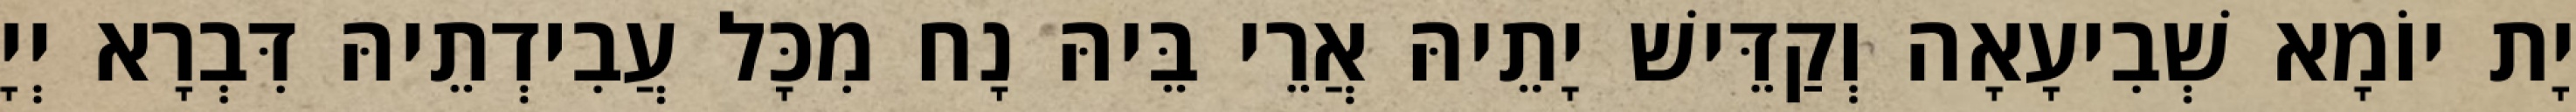
יָת יוֹמָא שְׁבִיעָאָה וְקַדֵּישׁ יָתֵיהּ אֲרֵי בֵּיהּ נָח מִכָּל עֲבִידְתֵיהּ דִּבְרָא יְיָ